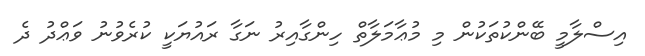
އިސްލާމީ ބޭންކުތަކުން މި މުޢާމަލާތް ހިންގާއިރު ނަގާ ރައުޔަކީ ކުރެވުނު ވަޢްދު ދެ